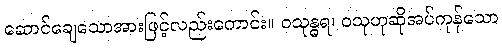
ဆောင်ချေသောအားဖြင့်လည်းကောင်း။ ဝသုန္ဓရ၊ ဝသုဟုဆိုအပ်ကုန်သော